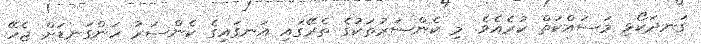
ގަނދަކޯޅި މަސައްކަތް ކުރެއެވެ. މި ކެންސަރުތަކުގެ ތެރޭގައި އަނގައިގެ ކެންސަރު ހަންގަނޑަށް ޖެހޭ